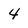
Character: 4